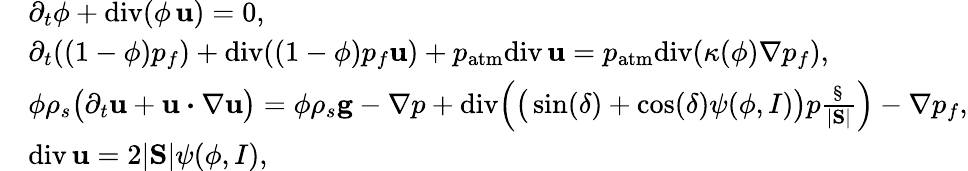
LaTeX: \begin{array}{rl}&{\partial_{t}\phi+\mathrm{div}(\phi\, {\mathbf u})=0,}\\ &{\partial_{t}((1-\phi)p_{f})+\mathrm{div}((1-\phi)p_{f}{\mathbf u})+p_{\mathrm{atm}}\mathrm{div}\, {\mathbf u}=p_{\mathrm{atm}}\mathrm{div}(\kappa(\phi)\nabla p_{f}),}\\ &{\phi\rho_{s}\big(\partial_{t}{\mathbf u}+{\mathbf u}\boldsymbol{\cdot}\nabla{\mathbf u}\big)=\phi\rho_{s}{\mathbf g}-\nabla p+\mathrm{div}\Big(\big(\sin(\delta)+\cos(\delta)\psi(\phi,I)\big)p\frac{\S}{|\mathrm{\mathbf S}|}\Big)-\nabla p_{f},}\\ &{\mathrm{div}\, {\mathbf u}=2|\mathrm{\mathbf S}|\psi(\phi,I),}\end{array}